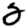
Digit: 2